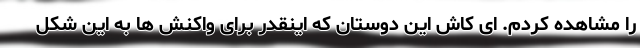
را مشاهده کردم. ای کاش این دوستان که اینقدر برای واکنش ها به این شکل